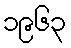
၁၉၆၃